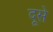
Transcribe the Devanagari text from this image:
दूसे